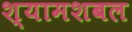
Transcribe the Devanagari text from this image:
श्यामशबल